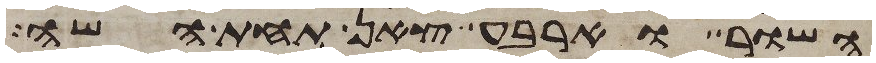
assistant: השור וארבע צאן תחת השה